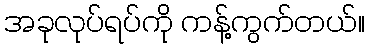
အခုလုပ်ရပ်ကို ကန့်ကွက်တယ်။